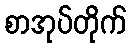
စာအုပ်တိုက်